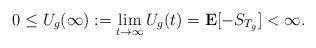
LaTeX: \begin{align*} 0\le U_g(\infty):=\lim_{t\to\infty}U_g(t)=\mathbf{E}[-S_{T_g}]<\infty.\end{align*}